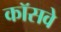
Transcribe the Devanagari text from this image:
कॉसवे